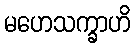
မဟေသက္ခာဟိ